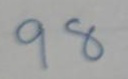
98